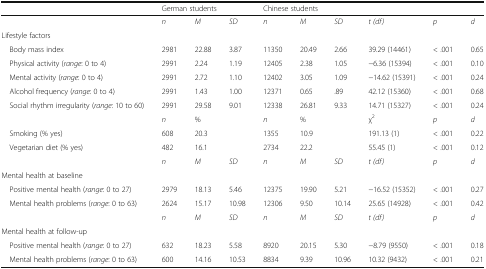
<table><thead><tr><td></td><td colspan="3"><b>German students</b></td><td colspan="3"><b>Chinese students</b></td><td colspan="3"></td></tr></thead><tbody><tr><td></td><td><i>n</i></td><td><i>M</i></td><td><i>SD</i></td><td><i>n</i></td><td><i>M</i></td><td><i>SD</i></td><td><i>t (df)</i></td><td><i>p</i></td><td><i>d</i></td></tr><tr><td colspan="10">Lifestyle factors</td></tr><tr><td> Body mass index</td><td>2981</td><td>22.88</td><td>3.87</td><td>11350</td><td>20.49</td><td>2.66</td><td>39.29 (14461)</td><td>&lt; .001</td><td>0.65</td></tr><tr><td> Physical activity (<i>range</i>: 0 to 4)</td><td>2991</td><td>2.24</td><td>1.19</td><td>12405</td><td>2.38</td><td>1.05</td><td>−6.36 (15394)</td><td>&lt; .001</td><td>0.10</td></tr><tr><td> Mental activity (<i>range</i>: 0 to 4)</td><td>2991</td><td>2.72</td><td>1.10</td><td>12402</td><td>3.05</td><td>1.09</td><td>−14.62 (15391)</td><td>&lt; .001</td><td>0.24</td></tr><tr><td> Alcohol frequency (<i>range</i>: 0 to 4)</td><td>2991</td><td>1.43</td><td>1.00</td><td>12371</td><td>0.65</td><td>.89</td><td>42.12 (15360)</td><td>&lt; .001</td><td>0.68</td></tr><tr><td> Social rhythm irregularity (<i>range</i>: 10 to 60)</td><td>2991</td><td>29.58</td><td>9.01</td><td>12338</td><td>26.81</td><td>9.33</td><td>14.71 (15327)</td><td>&lt; .001</td><td>0.24</td></tr><tr><td></td><td><i>n</i></td><td>%</td><td></td><td><i>n</i></td><td>%</td><td></td><td>χ<sup>2</sup></td><td><i>p</i></td><td><i>d</i></td></tr><tr><td> Smoking (% yes)</td><td>608</td><td>20.3</td><td></td><td>1355</td><td>10.9</td><td></td><td>191.13 (1)</td><td>&lt; .001</td><td>0.22</td></tr><tr><td> Vegetarian diet (% yes)</td><td>482</td><td>16.1</td><td></td><td>2734</td><td>22.2</td><td></td><td>55.45 (1)</td><td>&lt; .001</td><td>0.12</td></tr><tr><td></td><td><i>n</i></td><td><i>M</i></td><td><i>SD</i></td><td><i>n</i></td><td><i>M</i></td><td><i>SD</i></td><td><i>t (df)</i></td><td><i>p</i></td><td><i>d</i></td></tr><tr><td>Mental health at baseline</td><td></td><td></td><td></td><td></td><td></td><td></td><td></td><td></td><td></td></tr><tr><td> Positive mental health (<i>range</i>: 0 to 27)</td><td>2979</td><td>18.13</td><td>5.46</td><td>12375</td><td>19.90</td><td>5.21</td><td>−16.52 (15352)</td><td>&lt; .001</td><td>0.27</td></tr><tr><td> Mental health problems (<i>range</i>: 0 to 63)</td><td>2624</td><td>15.17</td><td>10.98</td><td>12306</td><td>9.50</td><td>10.14</td><td>25.65 (14928)</td><td>&lt; .001</td><td>0.42</td></tr><tr><td></td><td><i>n</i></td><td><i>M</i></td><td><i>SD</i></td><td><i>n</i></td><td><i>M</i></td><td><i>SD</i></td><td><i>t (df)</i></td><td><i>p</i></td><td><i>d</i></td></tr><tr><td colspan="10">Mental health at follow-up</td></tr><tr><td> Positive mental health (<i>range</i>: 0 to 27)</td><td>632</td><td>18.23</td><td>5.58</td><td>8920</td><td>20.15</td><td>5.30</td><td>−8.79 (9550)</td><td>&lt; .001</td><td>0.18</td></tr><tr><td> Mental health problems (<i>range</i>: 0 to 63)</td><td>600</td><td>14.16</td><td>10.53</td><td>8834</td><td>9.39</td><td>10.96</td><td>10.32 (9432)</td><td>&lt; .001</td><td>0.21</td></tr></tbody></table>